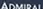
ADMIRAI